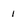
Character: l